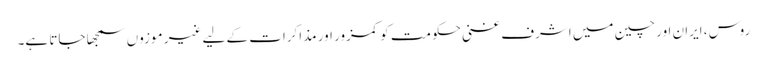
روس، ایران اور چین میں اشرف غنی حکومت کو کمزور اور مذاکرات کے لیے غیر موزوں سمجھا جاتا ہے۔